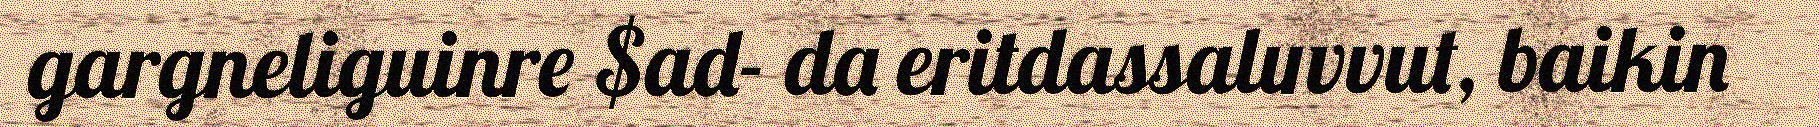
gargneliguinre $ad- da eritdassaluvvut, baikin